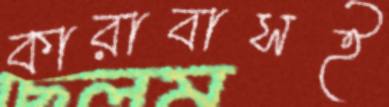
কারাবাসই